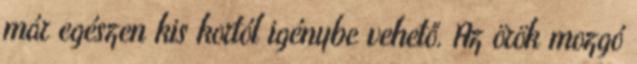
már egészen kis kortól igénybe vehető. Az örök mozgó